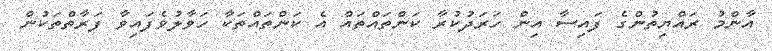
އާންމު ރައްޔިތުންގެ ފައިސާ އިން ހަރަދުކުރާ ކަންތައްތައް އެ ކަންތައްތަކާ ހަވާލުވެފައިވާ ފަރާތްތަކުން